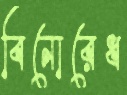
বিনোরেধ